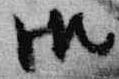
御